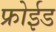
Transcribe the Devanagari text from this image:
फ्रोईड